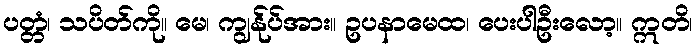
ပတ္တံ၊ သပိတ်ကို။ မေ၊ ကျွန်ုပ်အား။ ဥပနာမေထ၊ ပေးပါဦးလော့။ ဣတိ၊